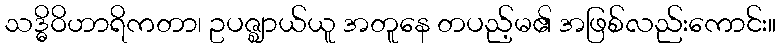
သဒ္ဓိဝိဟာရိကတာ၊ ဥပဇ္ဈာယ်ယူ အတူနေ တပည့်မ၏ အဖြစ်လည်းကောင်း။